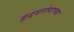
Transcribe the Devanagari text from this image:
हृदयरोगाच्या